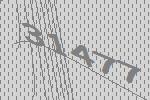
31477